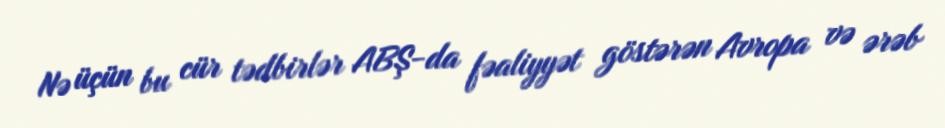
Nə üçün bu cür tədbirlər ABŞ-da fəaliyyət göstərən Avropa və ərəb